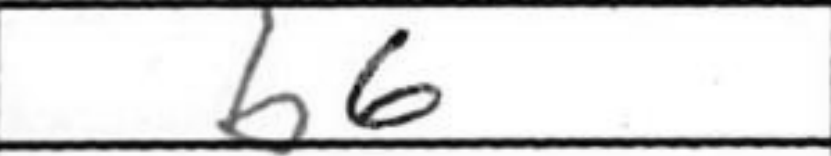
Transcription: b6